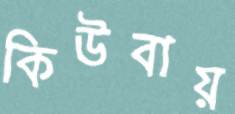
কিউবায়